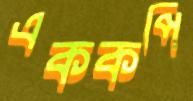
এককপি